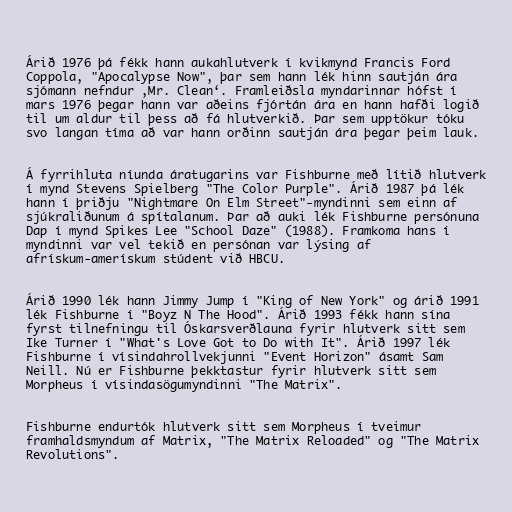
Árið 1976 þá fékk hann aukahlutverk í kvikmynd Francis Ford
Coppola, "Apocalypse Now", þar sem hann lék hinn sautján ára
sjómann nefndur ‚Mr. Clean‘. Framleiðsla myndarinnar hófst í
mars 1976 þegar hann var aðeins fjórtán ára en hann hafði logið
til um aldur til þess að fá hlutverkið. Þar sem upptökur tóku
svo langan tíma að var hann orðinn sautján ára þegar þeim lauk.

Á fyrrihluta níunda áratugarins var Fishburne með lítið hlutverk
í mynd Stevens Spielberg "The Color Purple". Árið 1987 þá lék
hann í þriðju "Nightmare On Elm Street"-myndinni sem einn af
sjúkraliðunum á spítalanum. Þar að auki lék Fishburne persónuna
Dap í mynd Spikes Lee "School Daze" (1988). Framkoma hans í
myndinni var vel tekið en persónan var lýsing af
afrískum-amerískum stúdent við HBCU.

Árið 1990 lék hann Jimmy Jump í "King of New York" og árið 1991
lék Fishburne í "Boyz N The Hood". Árið 1993 fékk hann sína
fyrst tilnefningu til Óskarsverðlauna fyrir hlutverk sitt sem
Ike Turner í "What's Love Got to Do with It". Árið 1997 lék
Fishburne í vísindahrollvekjunni "Event Horizon" ásamt Sam
Neill. Nú er Fishburne þekktastur fyrir hlutverk sitt sem
Morpheus í vísindasögumyndinni "The Matrix".

Fishburne endurtók hlutverk sitt sem Morpheus í tveimur
framhaldsmyndum af Matrix, "The Matrix Reloaded" og "The Matrix
Revolutions".